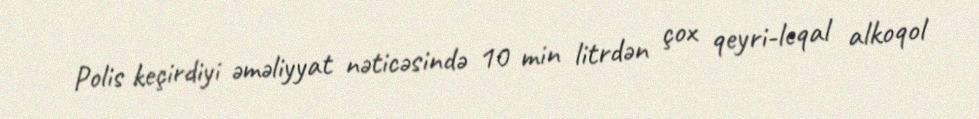
Polis keçirdiyi əməliyyat nəticəsində 10 min litrdən çox qeyri-leqal alkoqol